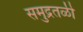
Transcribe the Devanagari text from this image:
समुद्रतळी